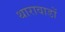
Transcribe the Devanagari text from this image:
थारावाडों